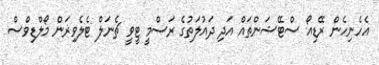
އެހެނިހެން ރޭޑިއޯ ސްޓޭޝަންތައް އަދި ދައުލަތުގެ ރަސްމީ ޓީވީ ޗެނަލް ޓެލެވިޜަން މޯލްޑިވްސް